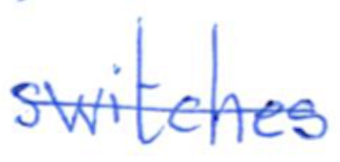
Text: switches
Cross-out: single-line
Writing tool: ballpoint